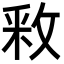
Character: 𫾶